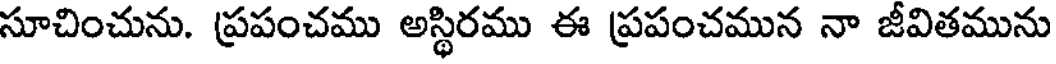
సూచించును. ప్రపంచము అస్థిరము ఈ ప్రపంచమున నా జీవితమును